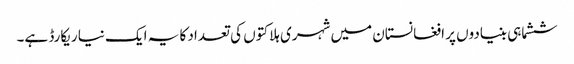
ششماہی بنیادوں پر افغانستان میں شہری ہلاکتوں کی تعداد کا یہ ایک نیا ریکارڈ ہے۔